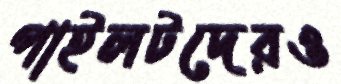
পাইলটদেরও